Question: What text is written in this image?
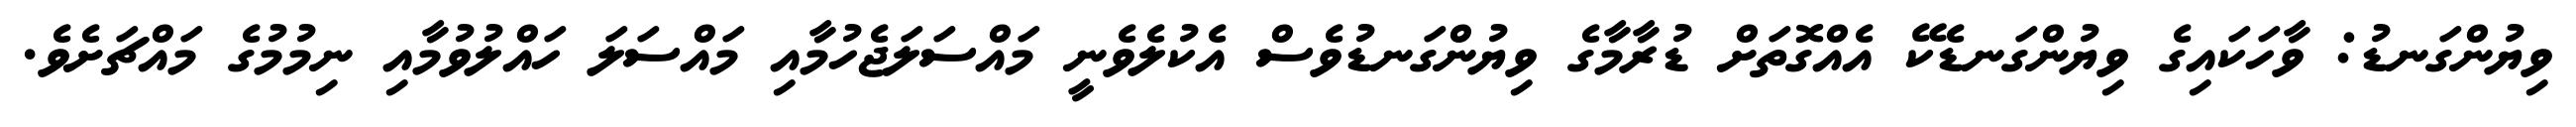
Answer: ވިޔުންގަނޑު: ވާހަކައިގެ ވިޔުންގަނޑެކޭ އެއްގޮތަށް ޑުރާމާގެ ވިޔުންގަނޑުވެސް އެކުލެވެނީ މައްސަލަޖެހުމާއި މައްސަލަ ހައްލުވުމާއި ނިމުމުގެ މައްޗަށެވެ.